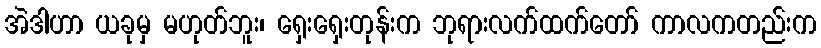
အဲဒါဟာ ယခုမှ မဟုတ်ဘူး၊ ရှေးရှေးတုန်းက ဘုရားလက်ထက်တော် ကာလကတည်းက